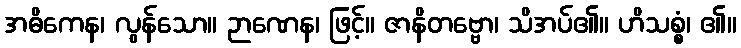
အဓိကေန၊ လွန်သော။ ဉာဏေန၊ ဖြင့်။ ဇာနိတဗ္ဗော၊ သိအပ်၏။ ဟိသစ္စံ၊ ၏။